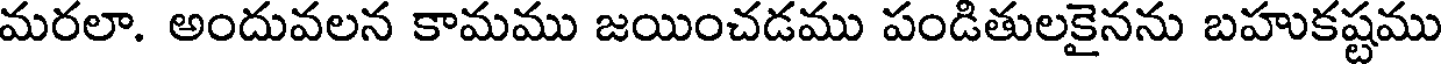
మరలా. అందువలన కామము జయించడము పండితులకైనను బహుకష్టము